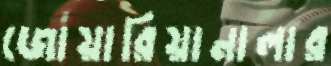
জোয়ারিয়ানালার